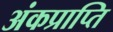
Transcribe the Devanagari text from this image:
अंकप्राप्ति